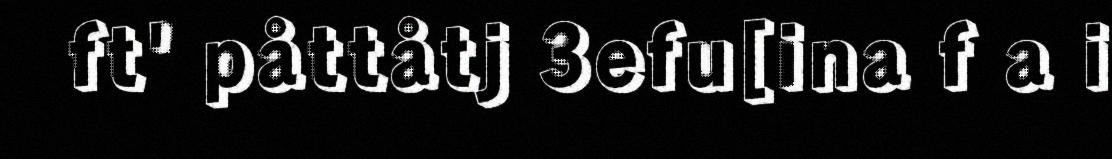
ft' påttåtj 3efu[ina f a i